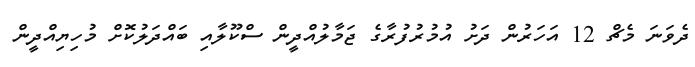
ދެވަނަ މެޗް 12 އަހަރުން ދަށު އުމުރުފުރާގެ ޖަމާލުއްދީން ސްކޫލާއި ބައްދަލުކޮށް މުހިޔިއްދީން